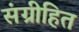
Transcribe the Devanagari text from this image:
संग्रीहित